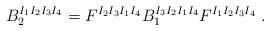
LaTeX: \begin{align*}B^{I_1I_2I_3I_4}_2=F^{I_2I_3I_1I_4} B^{I_3I_2I_1I_4}_1F^{I_1I_2I_3I_4} \ . \end{align*}